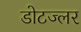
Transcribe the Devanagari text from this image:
डोटज्लर